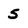
Character: 5